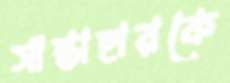
সান্তাহারকে